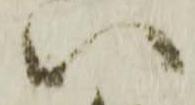
い